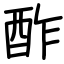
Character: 酢